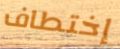
إختطاف